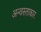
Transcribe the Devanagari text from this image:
अन्वस्ताकार